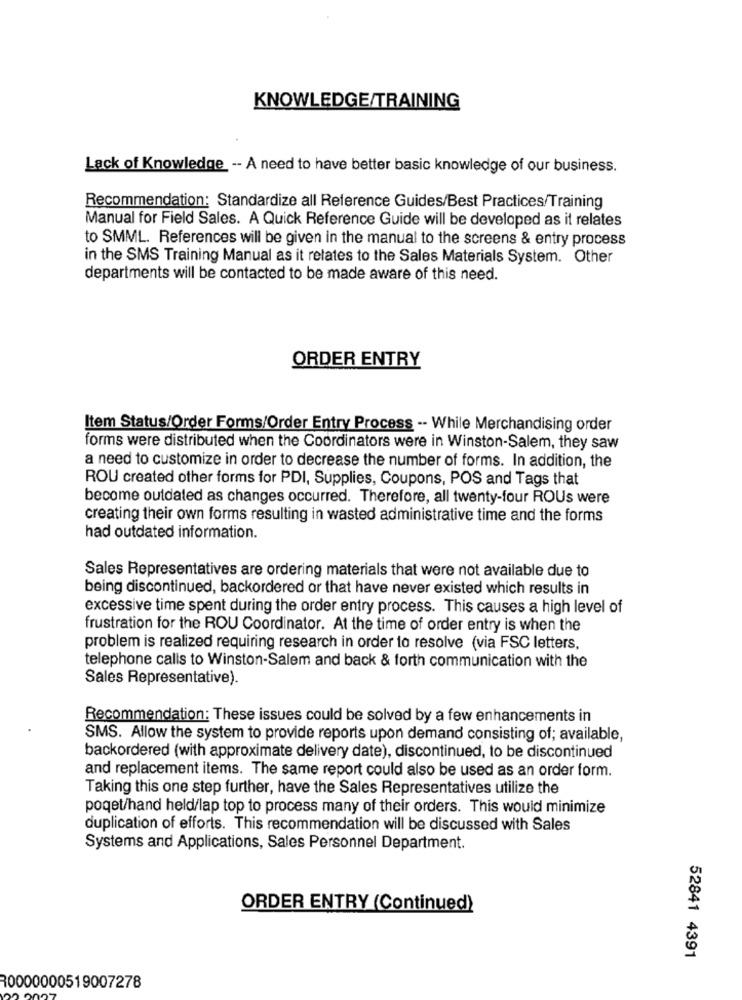
KNOWLEDGE/TRAINING
Lack of Knowledge -- A need to have better basic knowledge of our business.
Recommendation: Standardize all Reference Guides/Best Practices/Training
Manual for Field Sales. A Quick Reference Guide will be developed as it relates
to SMML. References will be given in the manual to the screens & entry process
in the SMS Training Manual as it relates to the Sales Materials System. Other
departments will be contacted to be made aware of this need.
ORDER ENTRY
Item Status/Order Forms/Order Entry Process -- While Merchandising order
forms were distributed when the Coordinators were in Winston-Salem, they saw
a need to customize in order to decrease the number of forms. In addition, the
ROU created other forms for PDI, Supplies, Coupons, POS and Tags that
become outdated as changes occurred. Therefore, all twenty-four ROUs were
creating their own forms resulting in wasted administrative time and the forms
had outdated information.
Sales Representatives are ordering materials that were not available due to
being discontinued, backordered or that have never existed which results in
excessive time spent during the order entry process. This causes a high level of
frustration for the ROU Coordinator. At the time of order entry is when the
problem is realized requiring research in order to resolve (via FSC letters,
telephone calls to Winston-Salem and back & forth communication with the
Sales Representative).
Recommendation: These issues could be solved by a few enhancements in
SMS. Allow the system to provide reports upon demand consisting of; available,
backordered (with approximate delivery date), discontinued, to be discontinued
and replacement items. The same report could also be used as an order form.
Taking this one step further, have the Sales Representatives utilize the
poqet/hand held/lap top to process many of their orders. This would minimize
duplication of efforts. This recommendation will be discussed with Sales
Systems and Applications, Sales Personnel Department.
ORDER ENTRY (Continued)
52841 4391
30000000519007278